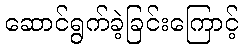
ဆောင်ရွက်ခဲ့ခြင်းကြောင့်